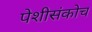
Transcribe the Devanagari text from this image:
पेशीसंकोच